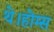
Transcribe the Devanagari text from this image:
थे।होम्स